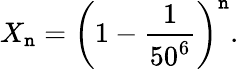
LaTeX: X_{\mathtt{n}}=\left(1-{\frac{{1}}{{50^{6}}}}\right)^{\mathtt{n}}.